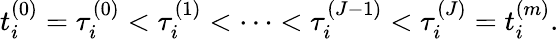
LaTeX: t_{i}^{(0)}=\tau_{i}^{(0)}<\tau_{i}^{(1)}<\cdots<\tau_{i}^{(J-1)}<\tau_{i}^{(J)}=t_{i}^{(m)}.